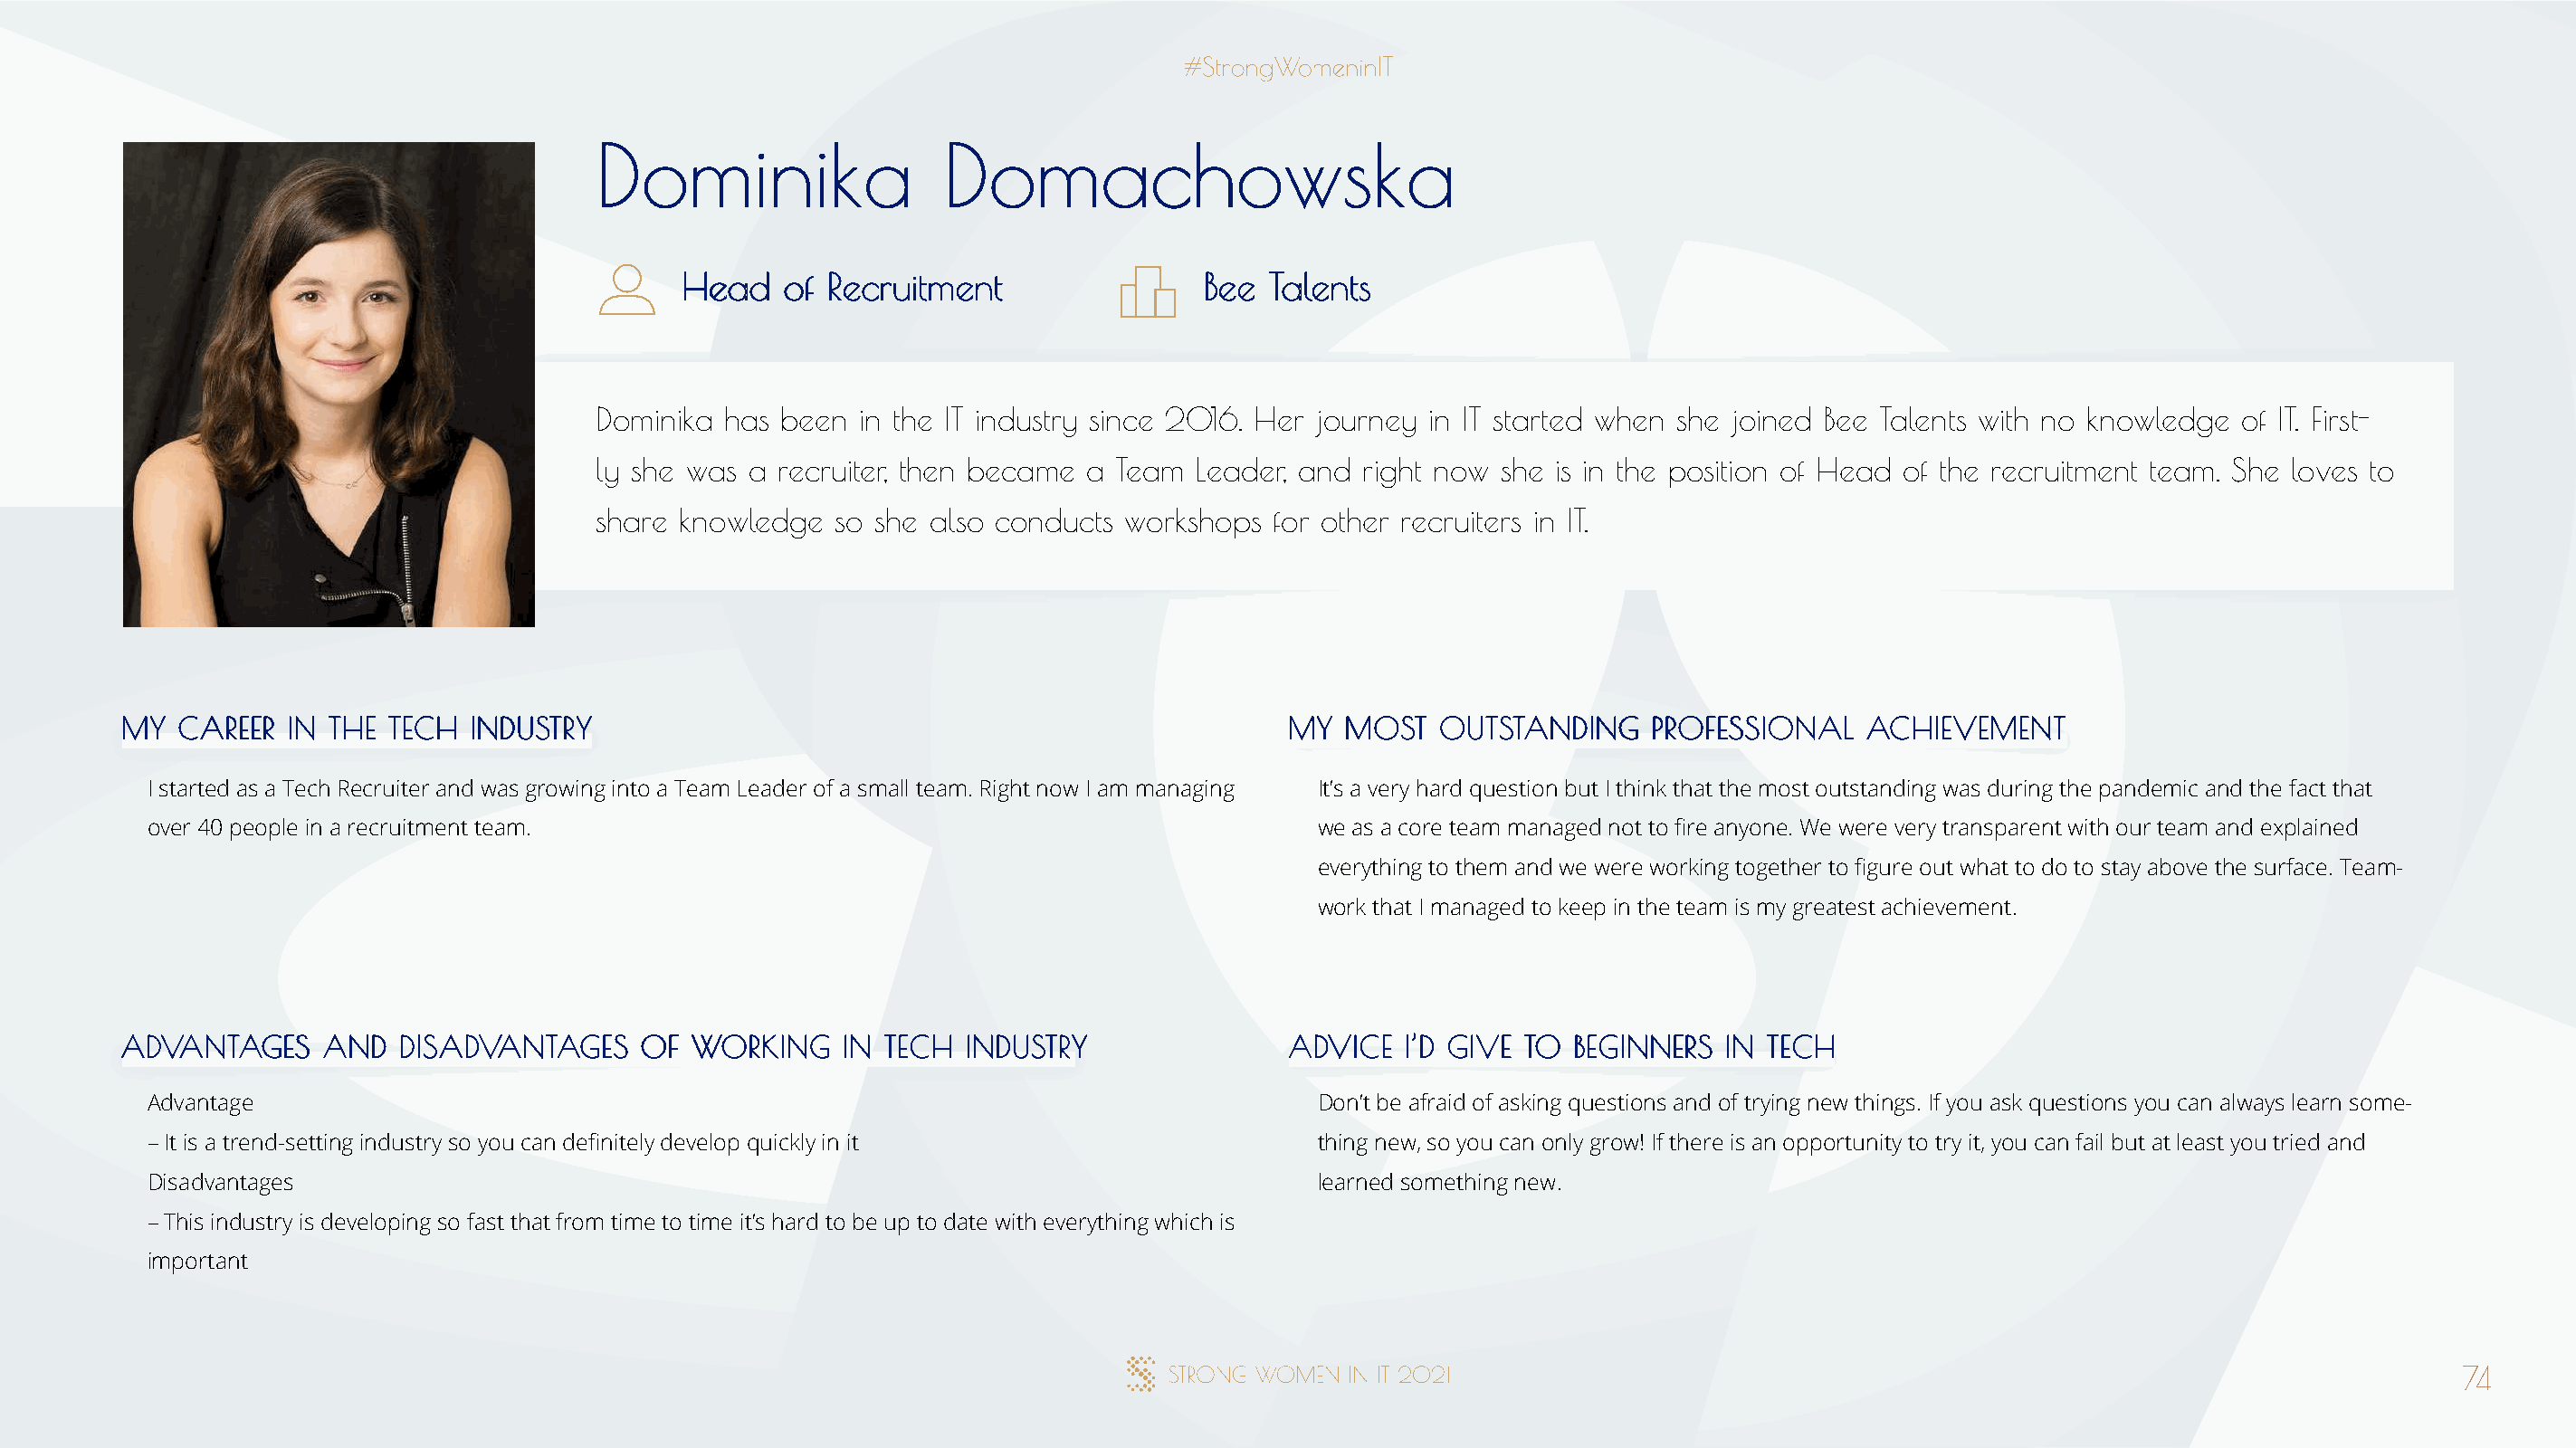
DDoommiinniikkaa         DDoommaacchhoowwsskkaa
 HHeeaadd ooff RReeccrruuiittmmeenntt  BBeeee TTaalleennttss
 Dominika has been  in the IT industry since 2016. Her journey in IT started when she joined Bee Talents with no knowledge of IT. First-
 ly she was a recruiter, then became a Team Leader, and  right now she is in the position of Head of the recruitment team. She loves to
 share knowledge  so she also conducts workshops  for other recruiters in IT.
 MMYY CCAARREEEERR IINN TTHHEE TTEECCHH IINNDDUUSSTTRRYY                              MMYY MMOOSSTT OOUUTTSSTTAANNDDIINNGG PPRROOFFEESSSSIIOONNAALL AACCHHIIEEVVEEMMEENNTT
 I started as a Tech Recruiter and was growing into a Team Leader of a small team. Right now I am managing It’s a very hard question but I think that the most outstanding was during the pandemic and the fact that
 over 40 people in a recruitment team.                                                we as a core team managed not to fire anyone. We were very transparent with our team and explained
 everything to them and we were working together to figure out what to do to stay above the surface. Team-
 work that I managed to keep in the team is my greatest achievement.
 AADDVVAANNTTAAGGEESS AANNDD DDIISSAADDVVAANNTTAAGGEESS OOFF WWOORRKKIINNGG IINN TTEECCHH IINNDDUUSSTTRRYY AADDVVIICCEE II’’DD GGIIVVEE TTOO BBEEGGIINNNNEERRSS IINN TTEECCHH
 Advantage                                                                            Don’t be afraid of asking questions and of trying new things. If you ask questions you can always learn some-
 – It is a trend-setting industry so you can definitely develop quickly in it         thing new, so you can only grow! If there is an opportunity to try it, you can fail but at least you tried and
 Disadvantages                                                                        learned something new.
 – This industry is developing so fast that from time to time it’s hard to be up to date with everything which is
 important
 74